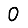
Digit: 0